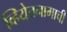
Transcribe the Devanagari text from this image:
व्हियेतनामाची